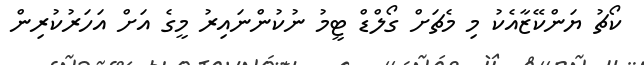
ކޯޗު ޔަންކޭޒާއެކު މި މެޗަށް ގޯލްޑް ޓީމު ނުކުންނައިރު މީގެ އަށް އަހަރުކުރިން